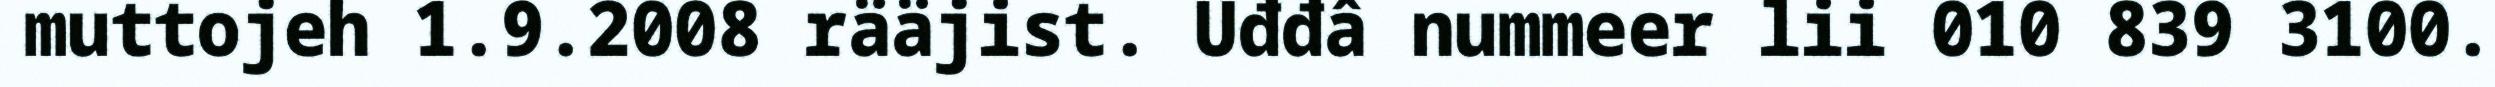
muttojeh 1.9.2008 rääjist. Uđđâ nummeer lii 010 839 3100.